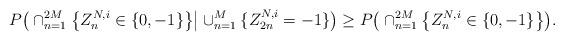
LaTeX: \begin{align*}P\big(\cap_{n=1}^{2M}\big\{Z_n^{N,i}\in\{0,-1\}\big\}\big|\cup_{n=1}^M\{Z_{2n}^{N,i}=-1\}\big)\ge P\big(\cap_{n=1}^{2M}\big\{Z_n^{N,i}\in\{0,-1\}\big\}\big).\end{align*}